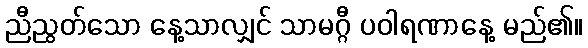
ညီညွတ်သော နေ့သာလျှင် သာမဂ္ဂီ ပဝါရဏာနေ့ မည်၏။